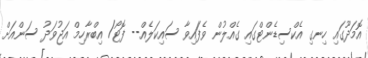
އޮމަދޫގައި ހިނގި އެކްސިޑެންޓްގައި ގެއްލުން ވެފަައިވާ ސައިކަލެއް-- ފޮޓޯ/ އިބްރާހިމް އަޖުވަދު ސަންއަށް